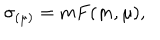
\sigma _ { ( \mu ) } = m F ( m , \mu ) ,